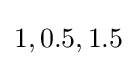
1,0.5,1.5